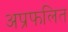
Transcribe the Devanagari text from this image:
अप्रफलित